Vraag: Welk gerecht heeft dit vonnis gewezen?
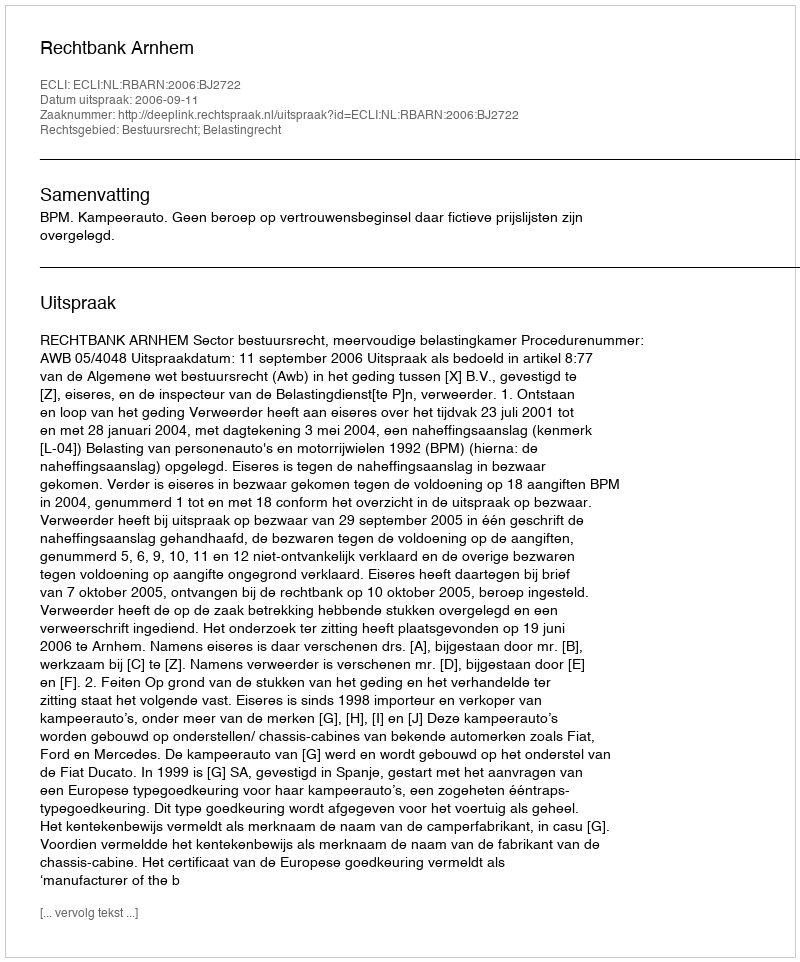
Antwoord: Rechtbank Arnhem